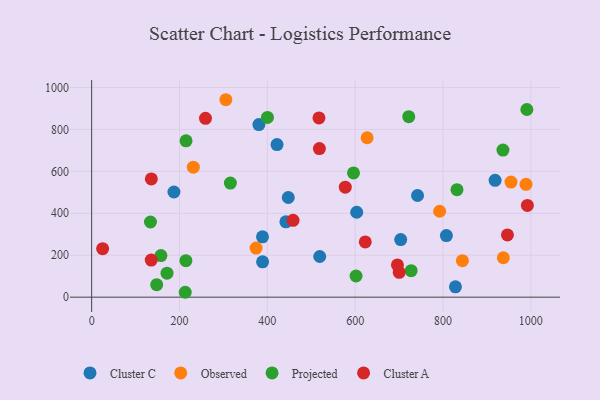
{"axis": {"x": "Engine Size", "y": "Fuel Efficiency"}, "legend": ["Cluster A", "Cluster C", "Observed", "Projected"], "data": [{"x": "603.5", "y": 405.0, "type": "Cluster C"}, {"x": "380.8", "y": 823.2, "type": "Cluster C"}, {"x": "389.0", "y": 287.6, "type": "Cluster C"}, {"x": "918.6", "y": 557.2, "type": "Cluster C"}, {"x": "422.1", "y": 727.5, "type": "Cluster C"}, {"x": "187.4", "y": 501.5, "type": "Cluster C"}, {"x": "703.7", "y": 274.7, "type": "Cluster C"}, {"x": "389.2", "y": 168.4, "type": "Cluster C"}, {"x": "807.7", "y": 293.5, "type": "Cluster C"}, {"x": "447.7", "y": 475.2, "type": "Cluster C"}, {"x": "742.0", "y": 484.9, "type": "Cluster C"}, {"x": "442.2", "y": 359.2, "type": "Cluster C"}, {"x": "828.3", "y": 49.5, "type": "Cluster C"}, {"x": "519.3", "y": 193.9, "type": "Cluster C"}, {"x": "954.8", "y": 548.7, "type": "Observed"}, {"x": "844.2", "y": 174.0, "type": "Observed"}, {"x": "937.4", "y": 188.0, "type": "Observed"}, {"x": "305.6", "y": 941.6, "type": "Observed"}, {"x": "231.5", "y": 619.8, "type": "Observed"}, {"x": "374.4", "y": 234.1, "type": "Observed"}, {"x": "792.3", "y": 409.7, "type": "Observed"}, {"x": "627.2", "y": 760.3, "type": "Observed"}, {"x": "989.0", "y": 537.9, "type": "Observed"}, {"x": "171.6", "y": 114.5, "type": "Projected"}, {"x": "213.1", "y": 23.3, "type": "Projected"}, {"x": "214.6", "y": 174.2, "type": "Projected"}, {"x": "596.2", "y": 592.3, "type": "Projected"}, {"x": "990.9", "y": 895.0, "type": "Projected"}, {"x": "133.9", "y": 358.4, "type": "Projected"}, {"x": "157.7", "y": 198.3, "type": "Projected"}, {"x": "315.9", "y": 544.2, "type": "Projected"}, {"x": "602.0", "y": 100.8, "type": "Projected"}, {"x": "831.8", "y": 512.5, "type": "Projected"}, {"x": "722.0", "y": 860.6, "type": "Projected"}, {"x": "936.5", "y": 701.7, "type": "Projected"}, {"x": "148.1", "y": 59.4, "type": "Projected"}, {"x": "214.9", "y": 745.7, "type": "Projected"}, {"x": "400.3", "y": 857.4, "type": "Projected"}, {"x": "727.5", "y": 126.3, "type": "Projected"}, {"x": "458.6", "y": 366.4, "type": "Cluster A"}, {"x": "135.7", "y": 176.7, "type": "Cluster A"}, {"x": "25.0", "y": 231.2, "type": "Cluster A"}, {"x": "135.9", "y": 564.0, "type": "Cluster A"}, {"x": "696.2", "y": 153.7, "type": "Cluster A"}, {"x": "259.2", "y": 852.9, "type": "Cluster A"}, {"x": "623.0", "y": 263.2, "type": "Cluster A"}, {"x": "518.6", "y": 708.5, "type": "Cluster A"}, {"x": "700.3", "y": 118.6, "type": "Cluster A"}, {"x": "577.5", "y": 524.7, "type": "Cluster A"}, {"x": "992.1", "y": 437.3, "type": "Cluster A"}, {"x": "517.6", "y": 855.0, "type": "Cluster A"}, {"x": "946.7", "y": 297.0, "type": "Cluster A"}]}